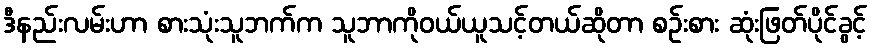
ဒီနည်းလမ်းဟာ စားသုံးသူဘက်က သူဘာကိုဝယ်ယူသင့်တယ်ဆိုတာ စဉ်းစား ဆုံးဖြတ်ပိုင်ခွင့်